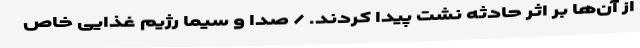
از آن‌ها بر اثر حادثه نشت پیدا کردند. / صدا و سیما رژیم غذایی خاص